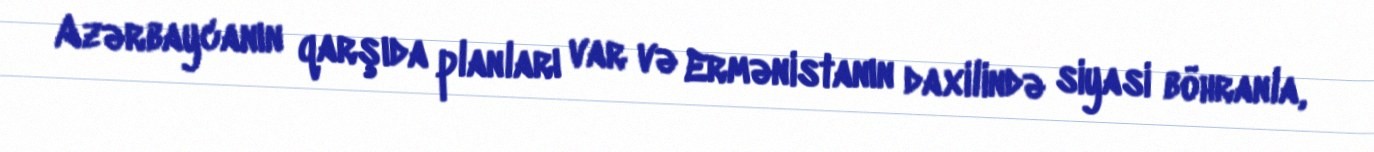
Azərbaycanın qarşıda planları var və Ermənistanın daxilində siyasi böhranla,